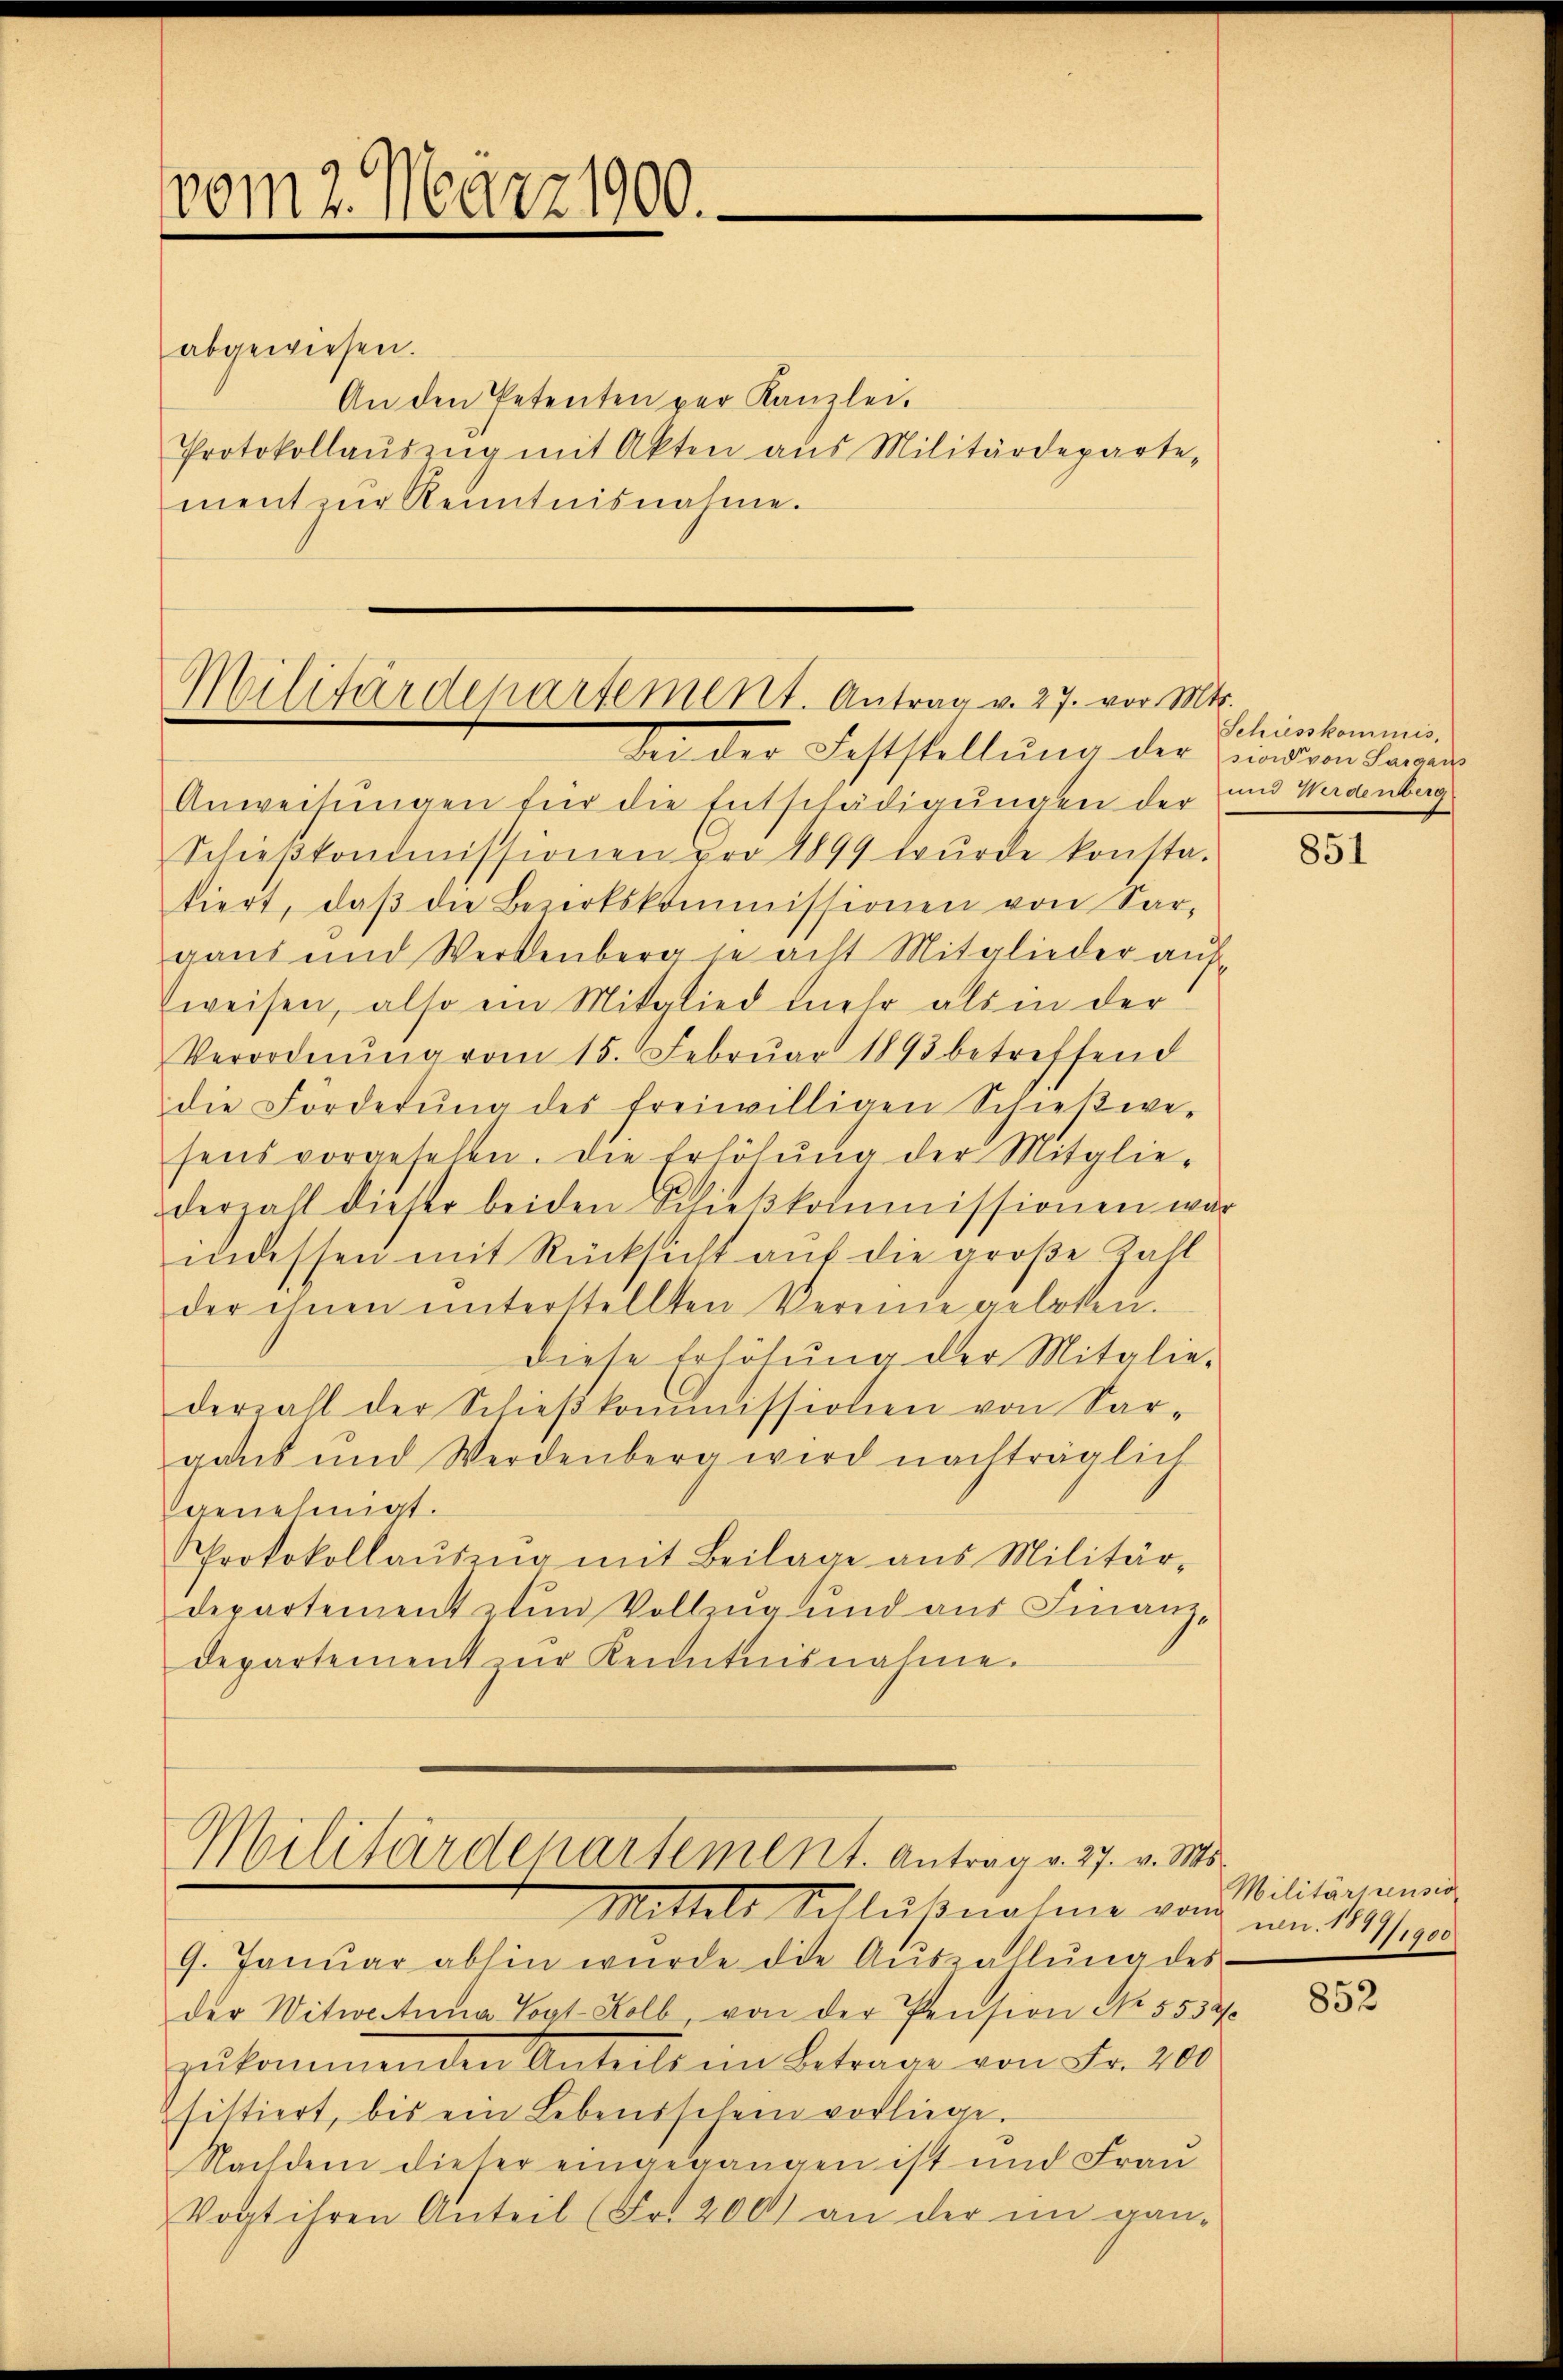
vom 2. März 1900.

abgewiesen.
An den Petenten per Kanzlei.
Protokollaŭszŭg mit Akten aus Militärdeparte-
ment zŭr Kenntnisnahme.

Anweisungen für die Entschädigungen der und Werdenberg
Schieβkommissionen pro 1899 wŭrde konsta-
tiert, daβ die Bezirkskommissionen von Sar-
gaus und Werkenberg je acht Mitglieder aufweisen, also ein Mitglied mehr als in der
Verordnŭng vom 15. Febrŭar 1893 betreffend
die Förderŭng des freiwilligen Schießwe-
sens vorgesehen. Die Erhöhung der Mitglie-
derzall dieser beiden Schieβkommissionen wär
maessen mit Rücksicht auf die große Zahl
der ihnen ŭnterstellten Vermie geloten.
diese Erhöhung der Mitglie-
derzahl der Schieβkommissionen von Sar-
gaub und Werdenberg wird nachträglich
genehmigt.
Pprotokollausung mit Beilage aus Militär-
departement zum Vollzug und aus Finanz-
departement zŭr Kenntnisnahme.

Militärdepartement. Antrag v. 27. vor. Mts.
bei der Feststellung der indern darges

Militärdepartement. Antrag v. 27. v. Ms.

Mittels Schlußnahme vom
9. Janŭar abhin würde die Aŭszahlŭng des
der Witwertuna Vogt-Kolb, von der Pension No. 5532
zukommenden Anteile in Betrage von Fr. 200
fittiert, bis ein Lebensschein vorliege.
Nachdem dieser eingegangen ist und Frau
Vogt ihren Anteil (Fr. 200 an der im gan-

Schiesskommis,

851

Militärpensio
nen. 189
1/1900

852